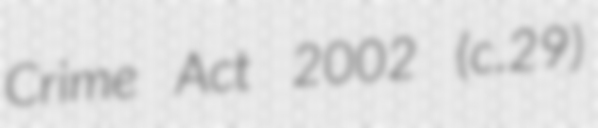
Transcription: Crime Act 2002 (c.29)